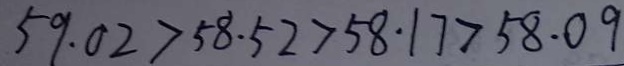
5 9 . 0 2 > 5 8 . 5 2 > 5 8 . 1 7 > 5 8 . 0 9